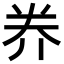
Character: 奍